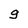
Character: g